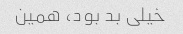
خیلی بد بود، همین